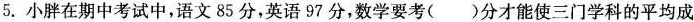
5.小胖在期中考试中，语文85分，英语97分，数学要考()分才能使三门学科的平均成